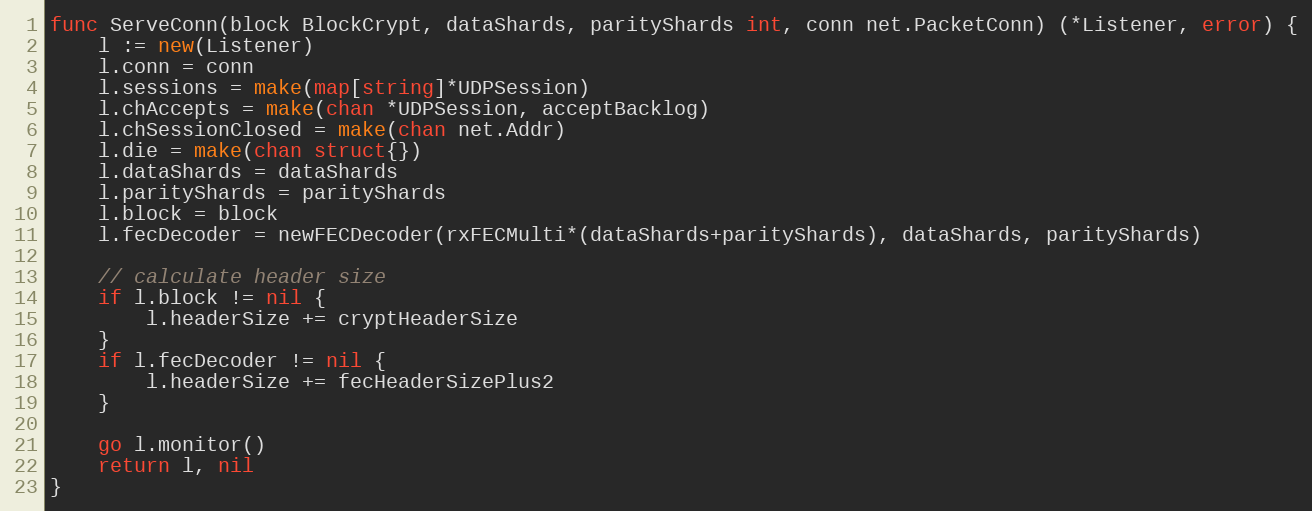
Language: Go
func ServeConn(block BlockCrypt, dataShards, parityShards int, conn net.PacketConn) (*Listener, error) {
	l := new(Listener)
	l.conn = conn
	l.sessions = make(map[string]*UDPSession)
	l.chAccepts = make(chan *UDPSession, acceptBacklog)
	l.chSessionClosed = make(chan net.Addr)
	l.die = make(chan struct{})
	l.dataShards = dataShards
	l.parityShards = parityShards
	l.block = block
	l.fecDecoder = newFECDecoder(rxFECMulti*(dataShards+parityShards), dataShards, parityShards)

	// calculate header size
	if l.block != nil {
		l.headerSize += cryptHeaderSize
	}
	if l.fecDecoder != nil {
		l.headerSize += fecHeaderSizePlus2
	}

	go l.monitor()
	return l, nil
}